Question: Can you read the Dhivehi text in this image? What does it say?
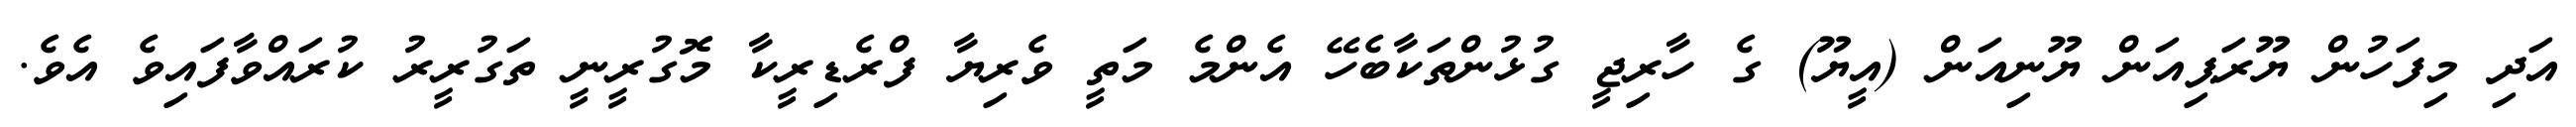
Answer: އަދި މިފަހުން ޔޫރަޕިއަން ޔޫނިއަން (އީޔޫ) ގެ ހާރިޖީ ގުޅުންތަކާބެހޭ އެންމެ މަތީ ވެރިޔާ ފްރެޑިރީކާ މޮގުރީނީ ތަގުރީރު ކުރައްވާފައިވެ އެވެ.